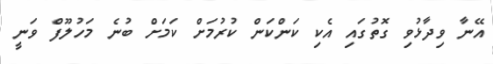
އޭނާ ވިދާޅުވި ގޮތުގައި އެކި ކަންކަން ކުރުމަށް ކަމަށް ބުނެ މަހުލޫފް ވަނީ